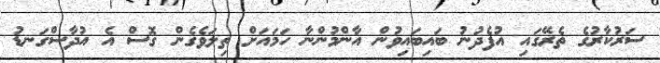
ސަރުކާރުގެ ތެރޭގައި އުފެދުނު ބައިބައިވުން އާންމުންނާ ހަމައަށް ތިލަވެގެން ގޮސް އެ އުދާސްގަނޑު